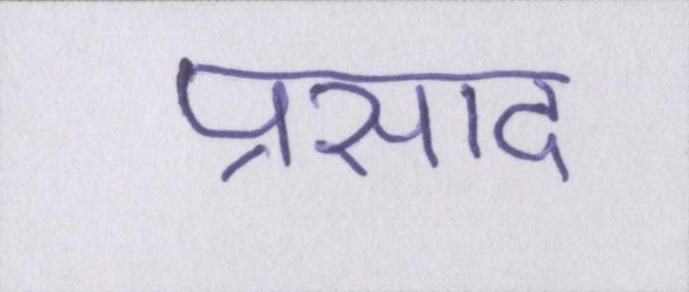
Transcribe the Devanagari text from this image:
प्रसाद